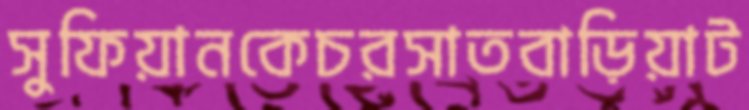
সুফিয়ানকেচরসাতবাড়িয়াট